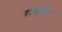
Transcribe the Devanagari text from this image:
राष्ट्रमी